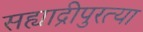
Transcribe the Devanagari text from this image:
सह्याद्रीपुरत्या